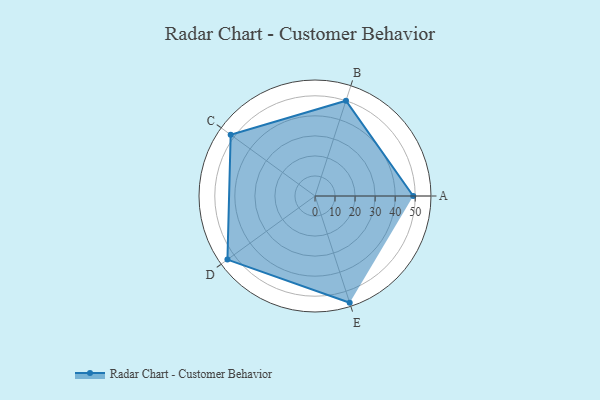
{"axis": {"x": "Skill", "y": "Score"}, "legend": ["Profile"], "data": [{"x": "A", "y": 49.0, "type": "Profile"}, {"x": "B", "y": 50.0, "type": "Profile"}, {"x": "C", "y": 52.0, "type": "Profile"}, {"x": "D", "y": 54.0, "type": "Profile"}, {"x": "E", "y": 56.0, "type": "Profile"}]}